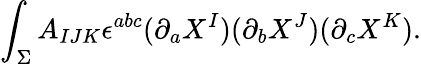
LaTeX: \int_{\Sigma}A_{IJK}\epsilon^{abc}(\partial_{a}X^{I})(\partial_{b}X^{J})(\partial_{c}X^{K}).